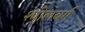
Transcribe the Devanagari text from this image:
श्पीलबर्ग